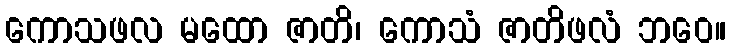
ကောသဖလ မထော ဇာတိ၊ ကောသံ ဇာတိဖလံ ဘဝေ။